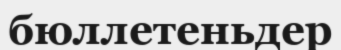
бюллетеньдер